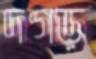
দগড়